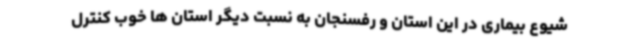
شیوع بیماری در این استان و رفسنجان به نسبت دیگر استان ها خوب کنترل